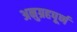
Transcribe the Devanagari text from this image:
अनुग्रहपूर्ण